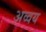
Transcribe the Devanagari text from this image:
अव्वय